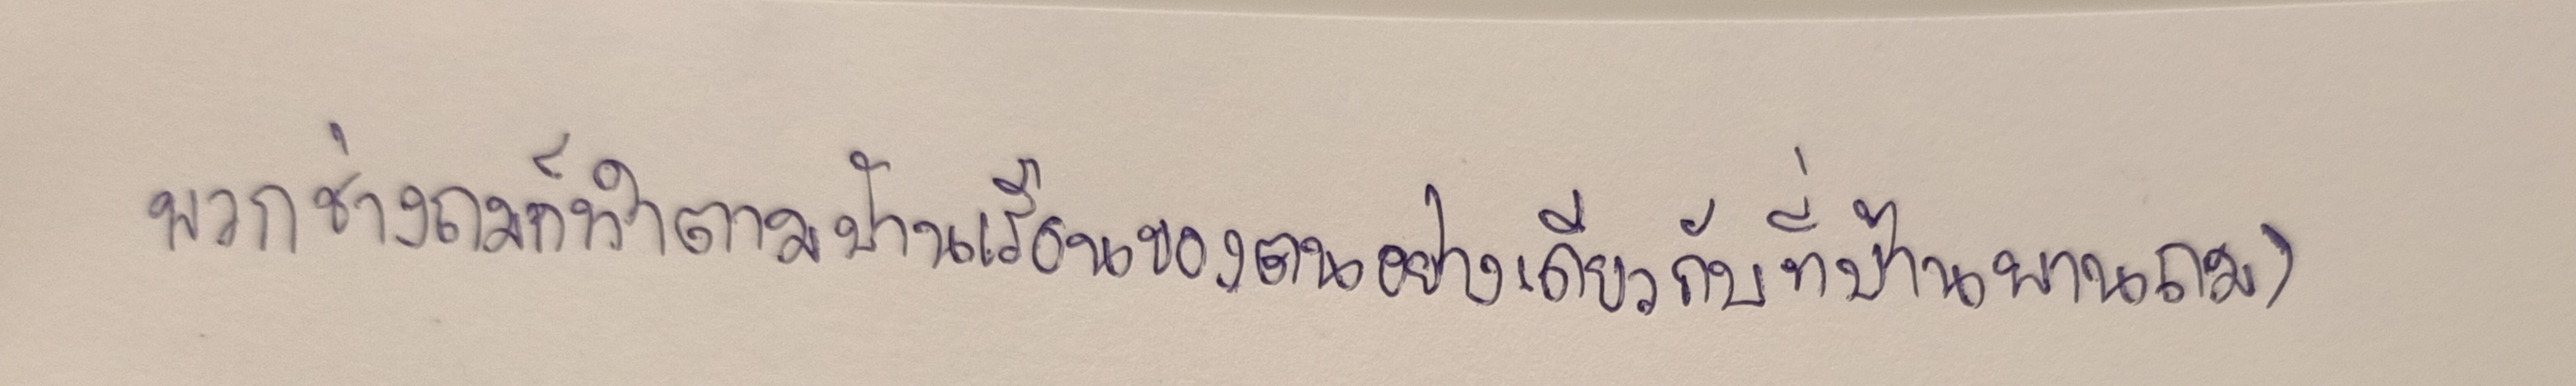
พวกช่างถมก็ทำตามบ้านเรือนของตนอย่างเดียวกับที่บ้านพานถม)